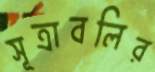
সূত্রাবলির